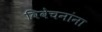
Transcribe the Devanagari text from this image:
विवेचनांना